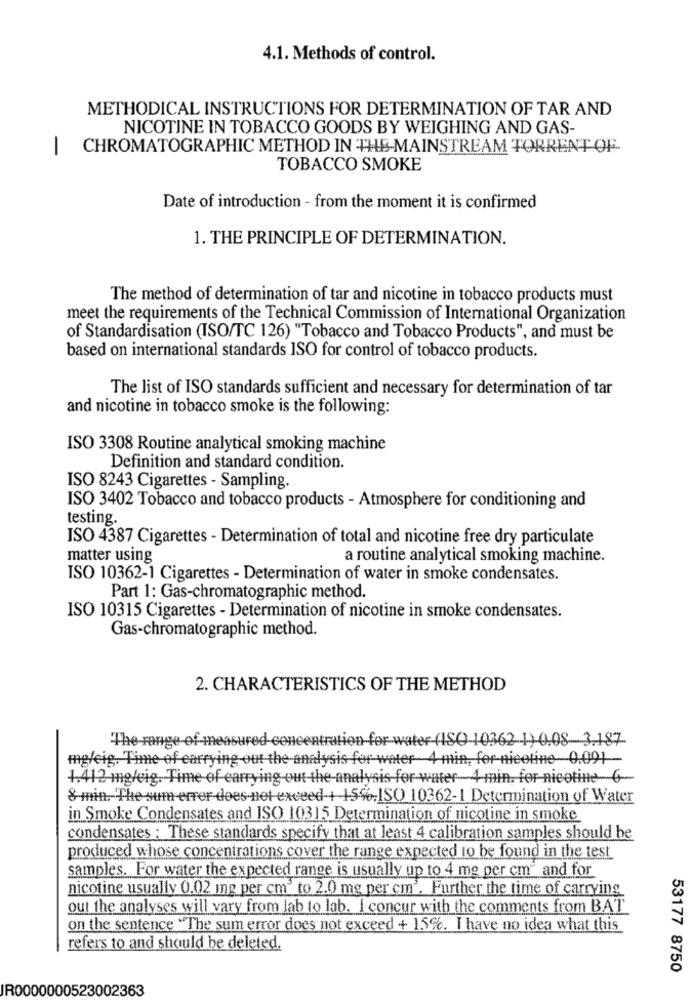
4.1. Methods of control.
METHODICAL INSTRUCTIONS FOR DETERMINATION OF TAR AND
NICOTINE IN TOBACCO GOODS BY WEIGHING AND GAS-
-
CHROMATOGRAPHIC METHOD IN THE-MAINSTREAM TORRENT OF
TOBACCO SMOKE
Date of introduction - from the moment it is confirmed
1. THE PRINCIPLE OF DETERMINATION.
The method of determination of tar and nicotine in tobacco products must
meet the requirements of the Technical Commission of International Organization
of Standardisation (ISO/TC 126) "Tobacco and Tobacco Products", and must be
based on international standards ISO for control of tobacco products.
The list of ISO standards sufficient and necessary for determination of tar
and nicotine in tobacco smoke is the following:
ISO 3308 Routine analytical smoking machine
Definition and standard condition.
ISO 8243 Cigarettes - Sampling.
ISO 3402 Tobacco and tobacco products - Atmosphere for conditioning and
testing.
ISO 4387 Cigarettes - Determination of total and nicotine free dry particulate
matter using
a routine analytical smoking machine.
ISO 10362-1 Cigarettes - Determination of water in smoke condensates.
Part 1: Gas-chromatographic method.
ISO 10315 Cigarettes - Determination of nicotine in smoke condensates.
Gas-chromatographic method.
2. CHARACTERISTICS OF THE METHOD
"The-range of-measured concentration for water (ISO 10362-1)-0.08-3.187-
mg/eig. Time of carrying out the analysis for water 4 min, for-nicotine-0.091-
4.412 mg/eig. Time of carrying out the analysis for water-4 min. for nicotine 6
&-min. The sum-error-does not exceed-+-15%,ISO 10362-1 Determination of Water
in Smoke Condensates and ISO 10315 Determination of nicotine in smoke
condensates : These standards specify that at least 4 calibration samples should be
produced whose concentrations cover the range expected to be found in the test
samples. For water the expected range is usually up to 4 mg per cm and for
nicotine usually 0.02 mg per cm' to 2.0 mg per cm'. Further the time of carrying
out the analyses will vary from lab to lab. I concur with the comments from BAT
on the sentence "The sum error does not exceed + 15%. I have no idea what this
refers to and should be deleted.
53177 8750
IR0000000523002363